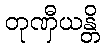
တုဏှီယန္တိ